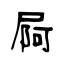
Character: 屙